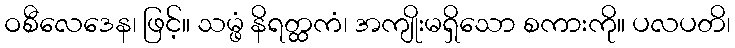
ဝစီလေဒေန၊ ဖြင့်။ သမ္ဖံ နိရတ္ထကံ၊ အကျိုးမရှိသော စကားကို။ ပလပတိ၊